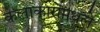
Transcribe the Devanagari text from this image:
कलाकारांमधले